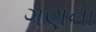
ગણનો